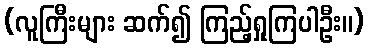
(လူကြီးများ ဆက်၍ ကြည့်ရှုကြပါဦး။)